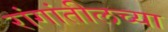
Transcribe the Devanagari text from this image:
रांगांतीलच्या